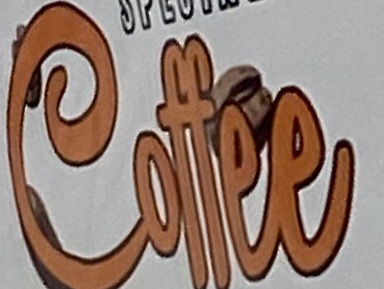
Coffee